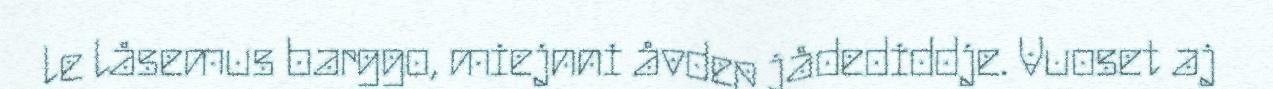
le låsemus barggo, miejnni åvdep jådediddje. Vuoset aj